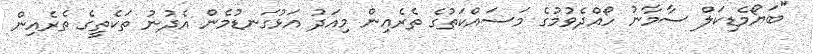
"ބަޔޯމެޑިކަލް ސާމާނު ހޯއްދެވުމުގެ މަސައްކަތުގެ ތެރެއިން މިއަދު އަޅުގަނޑުމެން އެދުނު ތަކެތީގެ ތެރެއިން